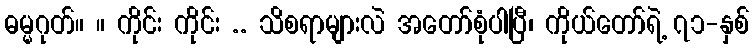
ဓမ္မဂုတ်။ ။ ကိုင်း ကိုင်း .. သိစရာများလဲ အတော်စုံပါပြီ၊ ကိုယ်တော်ရဲ့ ၇၁-နှစ်